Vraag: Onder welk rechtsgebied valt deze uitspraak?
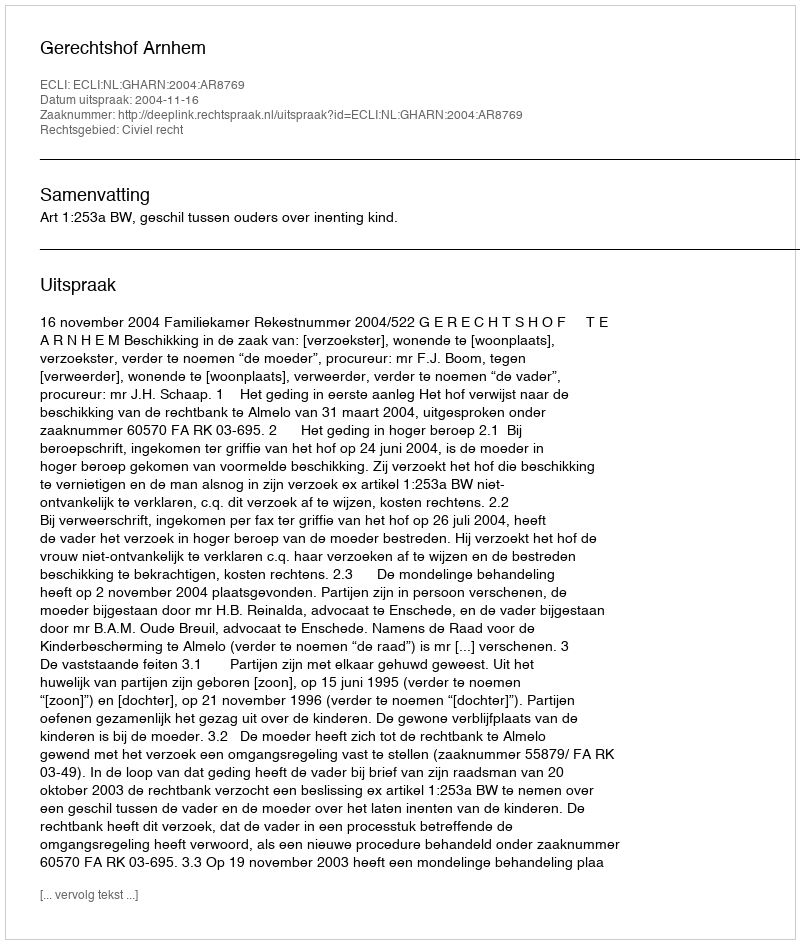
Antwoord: Civiel recht